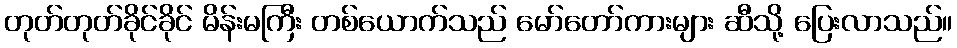
တုတ်တုတ်ခိုင်ခိုင် မိန်းမကြီး တစ်ယောက်သည် မော်တော်ကားများ ဆီသို့ ပြေးလာသည်။